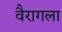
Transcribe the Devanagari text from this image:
वैरागला